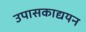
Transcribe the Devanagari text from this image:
उपासकाद्ययन